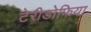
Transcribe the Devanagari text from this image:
टेरीडोफिया